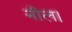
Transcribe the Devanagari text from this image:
नील।